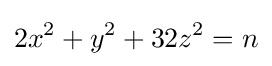
2x^{2}+y^{2}+32z^{2}=n